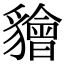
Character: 𧴚